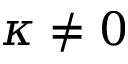
\kappa \neq 0